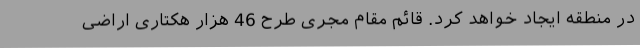
در منطقه ایجاد خواهد کرد. قائم مقام مجری طرح 46 هزار هکتاری اراضی